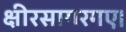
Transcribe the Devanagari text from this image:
क्षीरसागरगए।